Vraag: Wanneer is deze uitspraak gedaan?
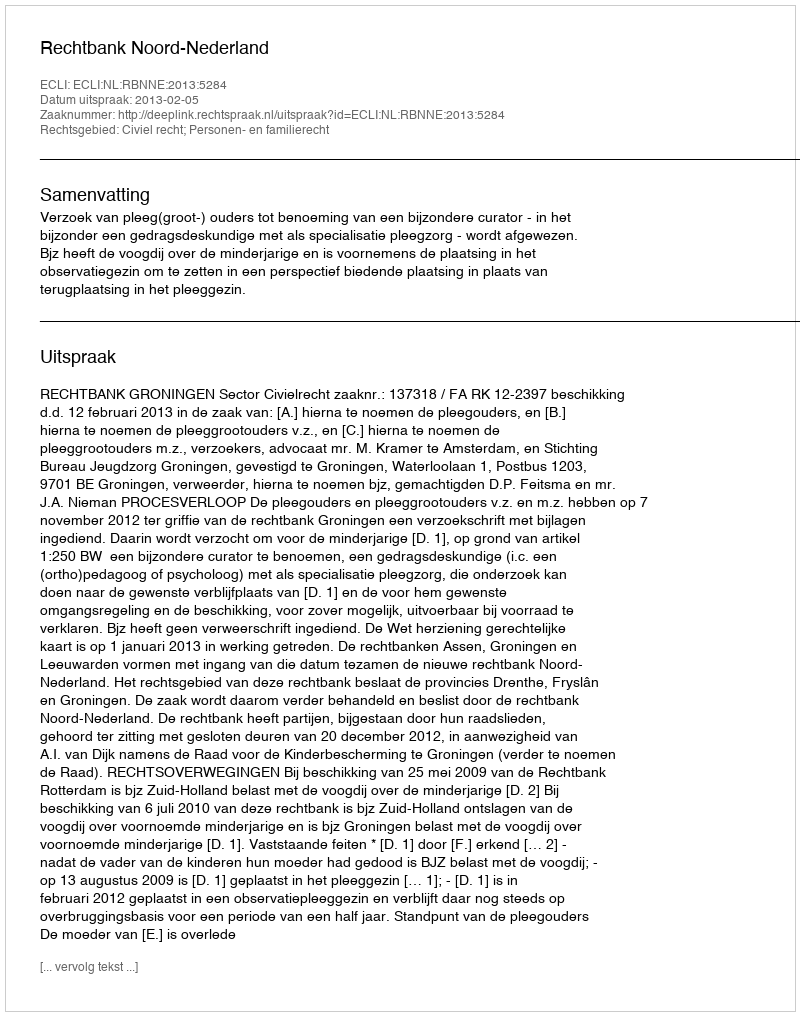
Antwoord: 2013-02-05